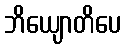
ဘိယျောတိပေ